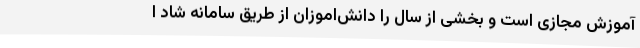
آموزش مجازی است و بخشی از سال را دانش‌اموزان از طریق سامانه شاد ا